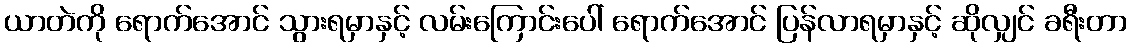
ယာတဲကို ရောက်အောင် သွားရမှာနှင့် လမ်းကြောင်းပေါ် ရောက်အောင် ပြန်လာရမှာနှင့် ဆိုလျှင် ခရီးတာ